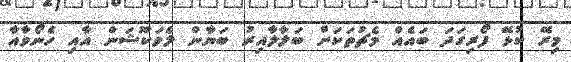
މިރޭ ކުޅޭ ފޯރިގަދަ ބައެއް މެޗުތަކަށް ބަލާލާއިރު ބަޔާން ލެވަކޫޝަން އާއި ހެނޯވާއާ